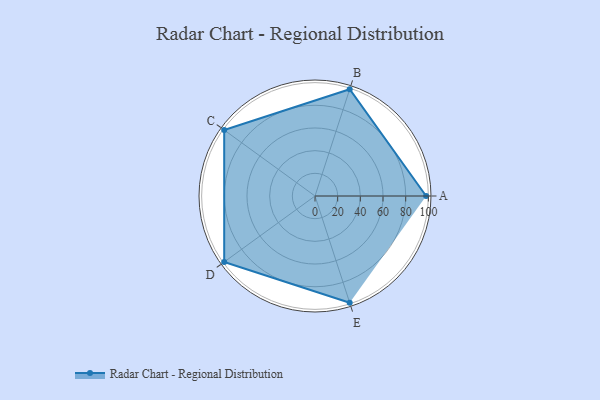
{"axis": {"x": "Skill", "y": "Score"}, "legend": ["Profile"], "data": [{"x": "A", "y": 98.0, "type": "Profile"}, {"x": "B", "y": 99, "type": "Profile"}, {"x": "C", "y": 99, "type": "Profile"}, {"x": "D", "y": 99, "type": "Profile"}, {"x": "E", "y": 99, "type": "Profile"}]}